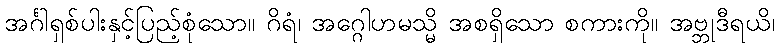
အင်္ဂါရှစ်ပါးနှင့်ပြည့်စုံသော။ ဂိရံ၊ အဂ္ဂေါဟမသ္မိ အစရှိသော စကားကို။ အဗ္ဘုဒီရယိ၊